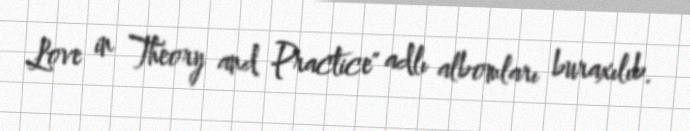
Love in Theory and Practice" adlı albomları buraxılıb.